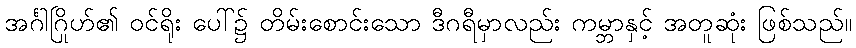
အင်္ဂါဂြိုဟ်၏ ဝင်ရိုး ပေါ်၌ တိမ်းစောင်းသော ဒီဂရီမှာလည်း ကမ္ဘာနှင့် အတူဆုံး ဖြစ်သည်။